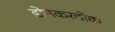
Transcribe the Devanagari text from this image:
डोनकरवोक